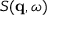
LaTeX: S ( \mathbf { q } , \omega )